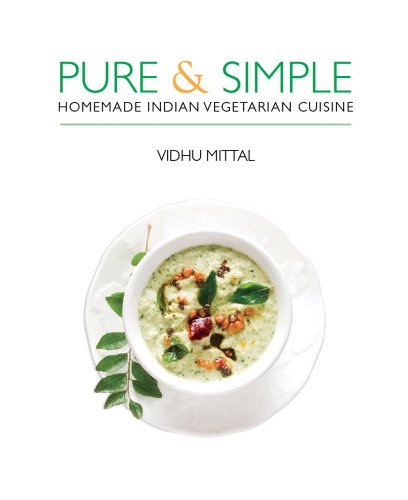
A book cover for Pure and Simple: Homemade Indian Vegetarian Cuisine; Vidhu Mittal; Cookbooks, Food & Wine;